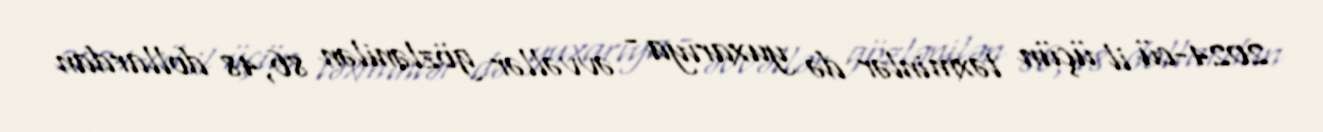
2024-cü il üçün təxminlər də yuxarıya - əvvəllər gözlənilən 86,48 dollardan